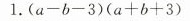
1.$$( a - b - 3 ) ( a + b + 3 )$$